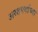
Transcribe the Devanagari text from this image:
अस्तपर्वाच्या